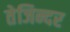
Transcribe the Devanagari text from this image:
तेजिन्दर